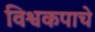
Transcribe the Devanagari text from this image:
विश्वकपाचे